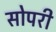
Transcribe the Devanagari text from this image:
सोपरी